Report of the Indian Hemp Drugs Commission, 1894-1895 - Volume VI
Year: 1894
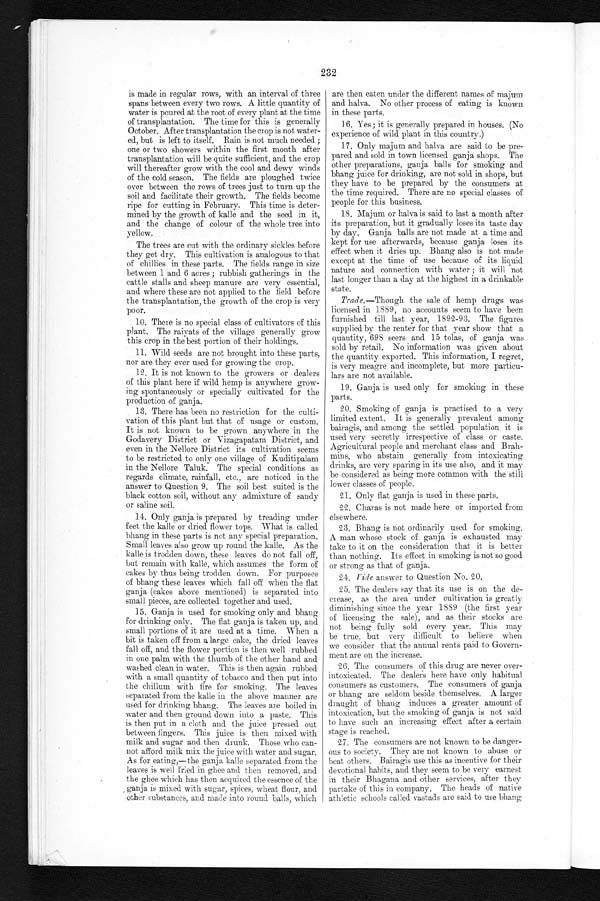
232
is made in regular rows, with an interval of three
spans between every two rows. A little quantity of
water is poured at the root of every plant at the time
of transplantation. The time for this is generally
October. After transplantation the crop is not water-
ed, but is left to itself. Rain is not much needed ;
one or two showers within the first month after
transplantation will be quite sufficient, and the crop
will thereafter grow with the cool and dewy winds
of the cold season. The fields are ploughed twice
over between the rows of trees just to turn up the
soil and facilitate their growth. The fields become
ripe for cutting in February. This time is deter
-mined by the growth of kalle and the seed in it,
and the change of colour of the whole tree into
yellow.
The trees are cut with the ordinary sickles before
they get dry. This cultivation is analogous to that
of chillies in these parts. The fields range in size
between 1 and 6 acres ; rubbish gatherings in the
cattle stalls and sheep manure are very essential,
and where these are not applied to the field before
the transplantation, the growth of the crop is very
poor.
10. There is no special class of cultivators of this
plant. The raiyats of the village generally grow
this crop in the best portion of their holdings.
11. Wild seeds are not brought into these parts,
nor are they ever used for growing the crop.
12. It is not known to the growers or dealers
of this plant here if wild hemp is anywhere grow-
ing spontaneously or specially cultivated for the
production of ganja.
13. There has been no restriction for the culti-
vation of this plant but that of usage or custom.
It is not known to be grown anywhere in the
Godavery District or Vizagapatam District, and
even in the Nellore District its cultivation seems
to be restricted to only one village of Kuditipalam
in the Nellore Taluk. The special conditions as
regards climate, rainfall, etc., are noticed in the
answer to Question 9. The soil best suited is the
black cotton soil, without any admixture of sandy
or saline soil.
14. Only ganja is prepared by treading under
feet the kalle or dri ed fl ower t ops. What i s cal l ed
bhang in these parts is not any special preparation.
Small leaves also grow up round the kalle. As the
kalle is trodden down, these leaves do not fall off,
but remain with kalle, which assumes the form of
cakes by thus being trodden down. For purposes
of bhang these leaves which fall off when the flat
ganja (cakes above mentioned) is separated into
small pieces, are collected together and used.
15. Ganja is used for smoking only and bhang
for drinking only. The flat ganja is taken up, and
small portions of it are used at a time. When a
bit is taken off from a large cake, the dried leaves
fall off, and the flower portion is then well rubbed
in one palm with the thumb of the other hand and
washed clean in water. This is then again rubbed
with a small quantity of tobacco and then put into
the chillum with fire for smoking. The leaves
separated from the kalle in the above manner are
used for drinking bhang. The leaves are boiled in
water and then ground down into a paste. This
is then put in a cloth and the juice pressed out
between fingers. This juice is then mixed with
milk and sugar and then drunk. Those who can-
not afford milk mix the juice with water and sugar.
As for eating,—the ganja kalle separated from the
leaves is well fried in ghee and then removed, and
the ghee which has then acquired the essence of the
ganja is mixed with sugar, spices, wheat flour, and
other substances, and made into round balls, which
2 3 . B h a n g i s n o t o r d i n a r i l y u s e d f o r s m o k i n g . A m a n w h o s e s t o c k o f g a n j a i s e x h a u s t e d m a y
take to it on the consideration that it is better
than nothing. Its effect in smoking is not so good
or strong as that of ganja.
24. Tide answer to Question No. 20.
25. The dealers say that its use is on the de-
crease, as the area under cultivation is greatly
diminishing since the year 1889 (the first year
of licensing the sale), and as their stocks are
not being fully sold every year. This may
be true, but very difficult to believe when
we consider that the annual rents paid to Govern-
ment are on the increase.
26. The consumers of this drug are never over-
intoxicated. The dealers here have only habitual
consumers as customers. The consumers of ganja
or bhang are seldom beside themselves. A larger
intoxication, but the smoking of ganja is not said
to have such an increasing effect after a certain
stage is reached.
27. The consumers are not known to be danger-
ous to society. They are not known to abuse or
beat others. Bairagis use this as incentive for their
devotional habits, and they seem to be very earnest
in their Bhagana and. other services, after they
partake of this in company. The heads of native
athletic schools called vastads are said to use bhang
are then eaten under the different names of majum
and halva. No other process of eating is known
in these parts.
16. Yes; it is generally prepared in houses. (No
experience of wild plant in this country.)
17. Only majum and halva are said to be pre-
pared and sold in town licensed ganja shops. The
other preparations, ganja balls for smoking and
bhang juice for drinking, are not sold in shops, but
they have to be prepared by the consumers at
the time required. There are no special classes of
people for this business.
18. Majum or halva is said to last a month after
its preparation, but it gradually loses its taste day
by day. Ganja balls are not made at a time and
kept for use afterwards, because ganja loses its
effect when it dries up. Bhang also is not made
except at the time of use because of its liquid
nature and connection with water ; it will not
last longer than a day at the highest in a drinkable
state.
Trade .—Though the sale of hemp drugs was
licensed in 1889, no accounts seem to have been
furnished till last year, 1892-93. The figures
supplied by the renter for that year show that a
quantity, 698 seers and 15 tolas, of ganja was
sold by retail. No information was given about
the quantity exported. This information, I regret,
is very meagre and incomplete, but more particu-
lars are not available.
19. Ganja is used only for smoking in these
parts.
20. Smoking of ganja is practised to a very
limited extent. It is generally prevalent among
bairagis, and. among the settled population it is
used very secretly irrespective of class or caste.
Agricultural people and merchant class and Brah-
mins, who abstain generally from intoxicating
drinks, are very sparing in its use also, and it may
be considered as being more common with the still
lower classes of people.
2 1 . O n l y f l a t g a n j a i s u s e d i n t h e s e p a r t s .
22. Chains is not made here or imported from
elsewhere.